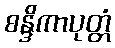
စန္ဒိကာပုတ္တံ